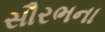
સૌરભના